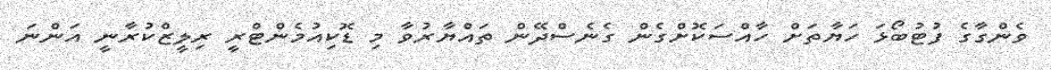
ވެންގާގެ ފުޓުބޯޅަ ހަޔާތަށް ހާއްސަކޮށްގެން ގެނެސްދޭން ތައްޔާރުވާ މި ޑޮކިއުމެންޓްރީ ރިލީޒްކުރާނީ އަންނަ